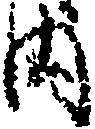
内